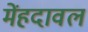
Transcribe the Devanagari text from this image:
मेंहदावल